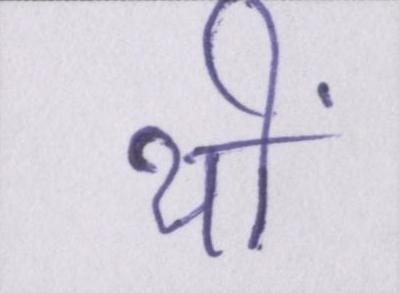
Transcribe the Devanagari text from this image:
थीं